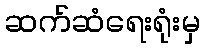
ဆက်ဆံရေးရုံးမှ